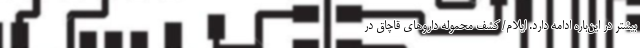
بیشتر در این‌باره ادامه دارد. ایلام/ کشف محموله دارو‌های قاچاق در